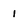
Character: 1